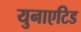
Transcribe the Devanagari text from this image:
युनाएटिड